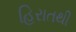
હિરાતથી